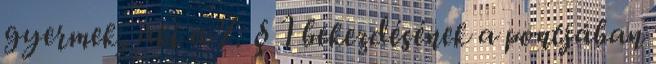
gyermek, aki a 7. § 1 bekezdésének a pontjában